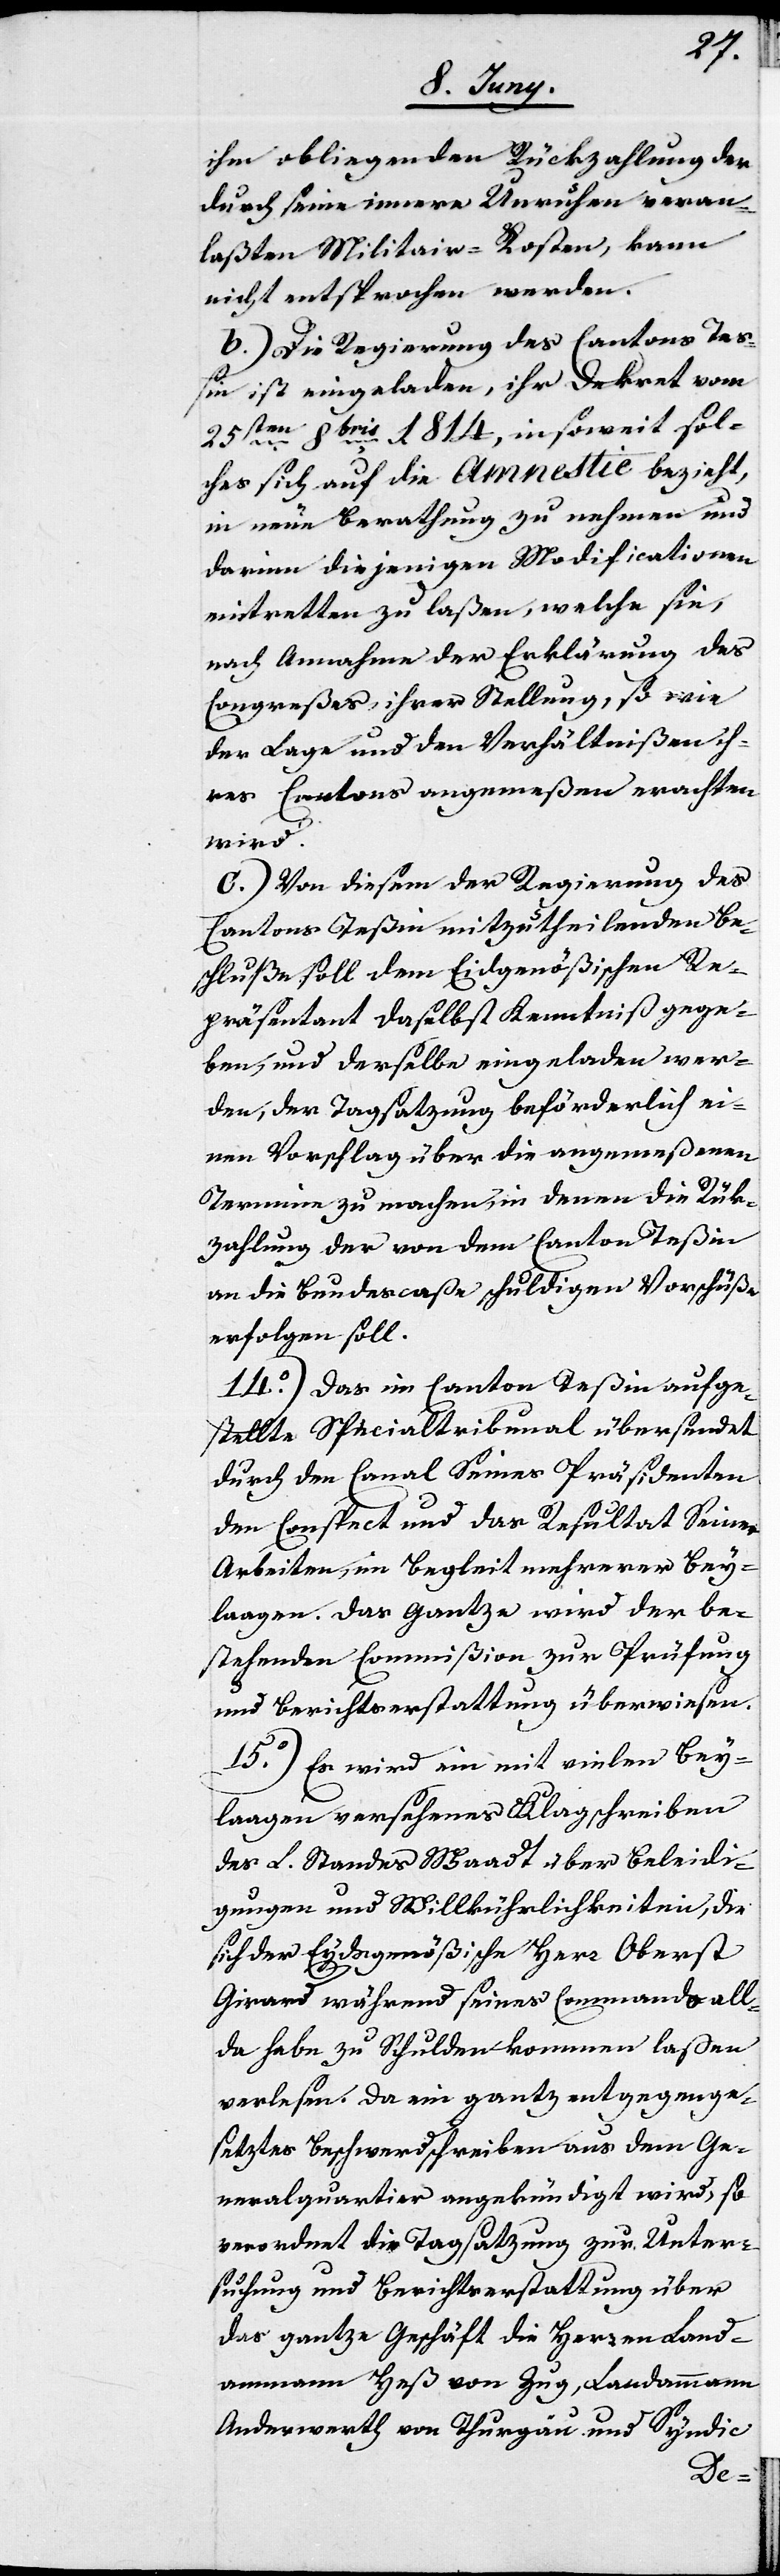
ihm obliegenden Rückzahlung der
durch seine innere Unruhen veran¬
laßten Militair-Kosten, kann
nicht entsprochen werden.
b.) Die Regierung des Cantons Teß¬
in ist eingeladen, ihr Dekret vom
25sten 8bris 1814, insoweit sol¬
ches sich auf die Amnestie bezieht,
in neue Berathung zu nehmen und
darinn diejenigen Modificationen
eintretten zu laßen, welche sie,
nach Annahme der Erklärung des
Congreßes, ihrer Stellung, so wie
der Lage und den Verhältnißen ih¬
res Cantons angemeßen erachten
wird.
c.) Von diesem der Regierung des
Cantons Teßin mitzutheilenden Be¬
schluße soll dem Eydgenößischen Re¬
präsentant daselbst Kenntniß gege¬
ben, und derselbe eingeladen wer¬
den, der Tagsatzung beförderlich ei¬
nen Vorschlag über die angemeßenen
Termine zu machen, in denen die Rück¬
zahlung der von dem Canton Teßin
an die Bundescaße schuldigen Vorschüße
erfolgen soll.
14o) Das im Canton Teßin aufge¬
stellte Spezialtribunal übersendet
durch den Canal Seines Präsidenten
den Conspect und das Resultat Seiner
Arbeiten, in Begleit mehrerer Bey¬
lagen. Das gantze wird der be¬
stehenden Commißion zur Prüfung
und Berichterstattung überwiesen.
15o) Es wird ein mit vielen Bey¬
lagen versehenes Klagschreiben
des L. Standes Waadt über Beleidi¬
gungen und Willkürlichkeiten, die
sich der Eydsgenößische Herr Oberst
Girard während seines Commando all¬
da habe zu Schulden kommen laßen
verlesen. Da ein gantz entgegenge¬
setztes Beschwerdschreiben aus dem Ge¬
neralquartier angekündigt wird, so
verordnet die Tagsatzung zur Unter¬
suchung und Berichterstattung über
das gantze Geschäft die Herren Land¬
ammann Heß von Zug, Landammann
Anderwerth von Thurgau und Syndic